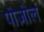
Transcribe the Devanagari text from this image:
पोज़ोल